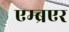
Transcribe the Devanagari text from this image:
एम्ब्रएर